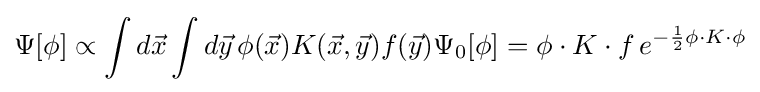
\Psi [\phi ]\propto \int d{\vec {x}}\int d{\vec {y}}\,\phi ({\vec {x}})K({\vec {x}},{\vec {y}})f({\vec {y}})\Psi _{0}[\phi ]=\phi \cdot K\cdot f\,e^{-{\frac {1}{2}}\phi \cdot K\cdot \phi }